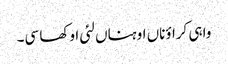
واہی کراؤناں اوہناں لئی اوکھا سی۔